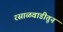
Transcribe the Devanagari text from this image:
रसाळवाडीतून